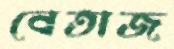
বেতাজ